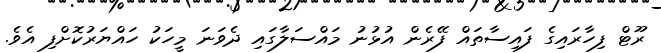
ރޫޓް ފިހާރައިގެ ފައިސާތައް ފޭރެން އުޅުނު މައްސަލާގައި ދެވަނަ މީހަކު ހައްޔަރުކޮށްފި އެވެ.